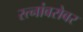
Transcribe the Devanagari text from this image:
रत्नांबरोबर